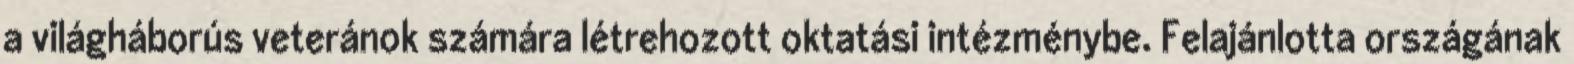
a világháborús veteránok számára létrehozott oktatási intézménybe. Felajánlotta országának